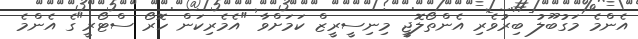
އެންމެ މަގުބޫލު ބިރުވެރި އެންތޯލޮޖީ މިނިސީރީޒް ކަމަށްވާ "އެމެރިކަން ހޮރޯ ސްޓޯރީ"ގެ އެންމެ